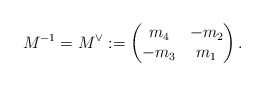
\begin{align*}M^{-1}= M^{\vee}:=\begin{pmatrix}m_4& -m_2 \\-m_3 & m_1\end{pmatrix}.\end{align*}